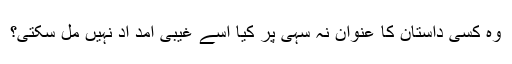
وہ کسی داستان کا عنوان نہ سہی پر کیا اسے غیبی امد اد نہیں مل سکتی؟